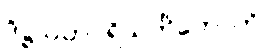
ဒိဋ္ဌသုတပရိသင်္ကိတောတိ